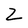
Character: Z